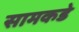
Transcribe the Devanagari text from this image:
सामकडे